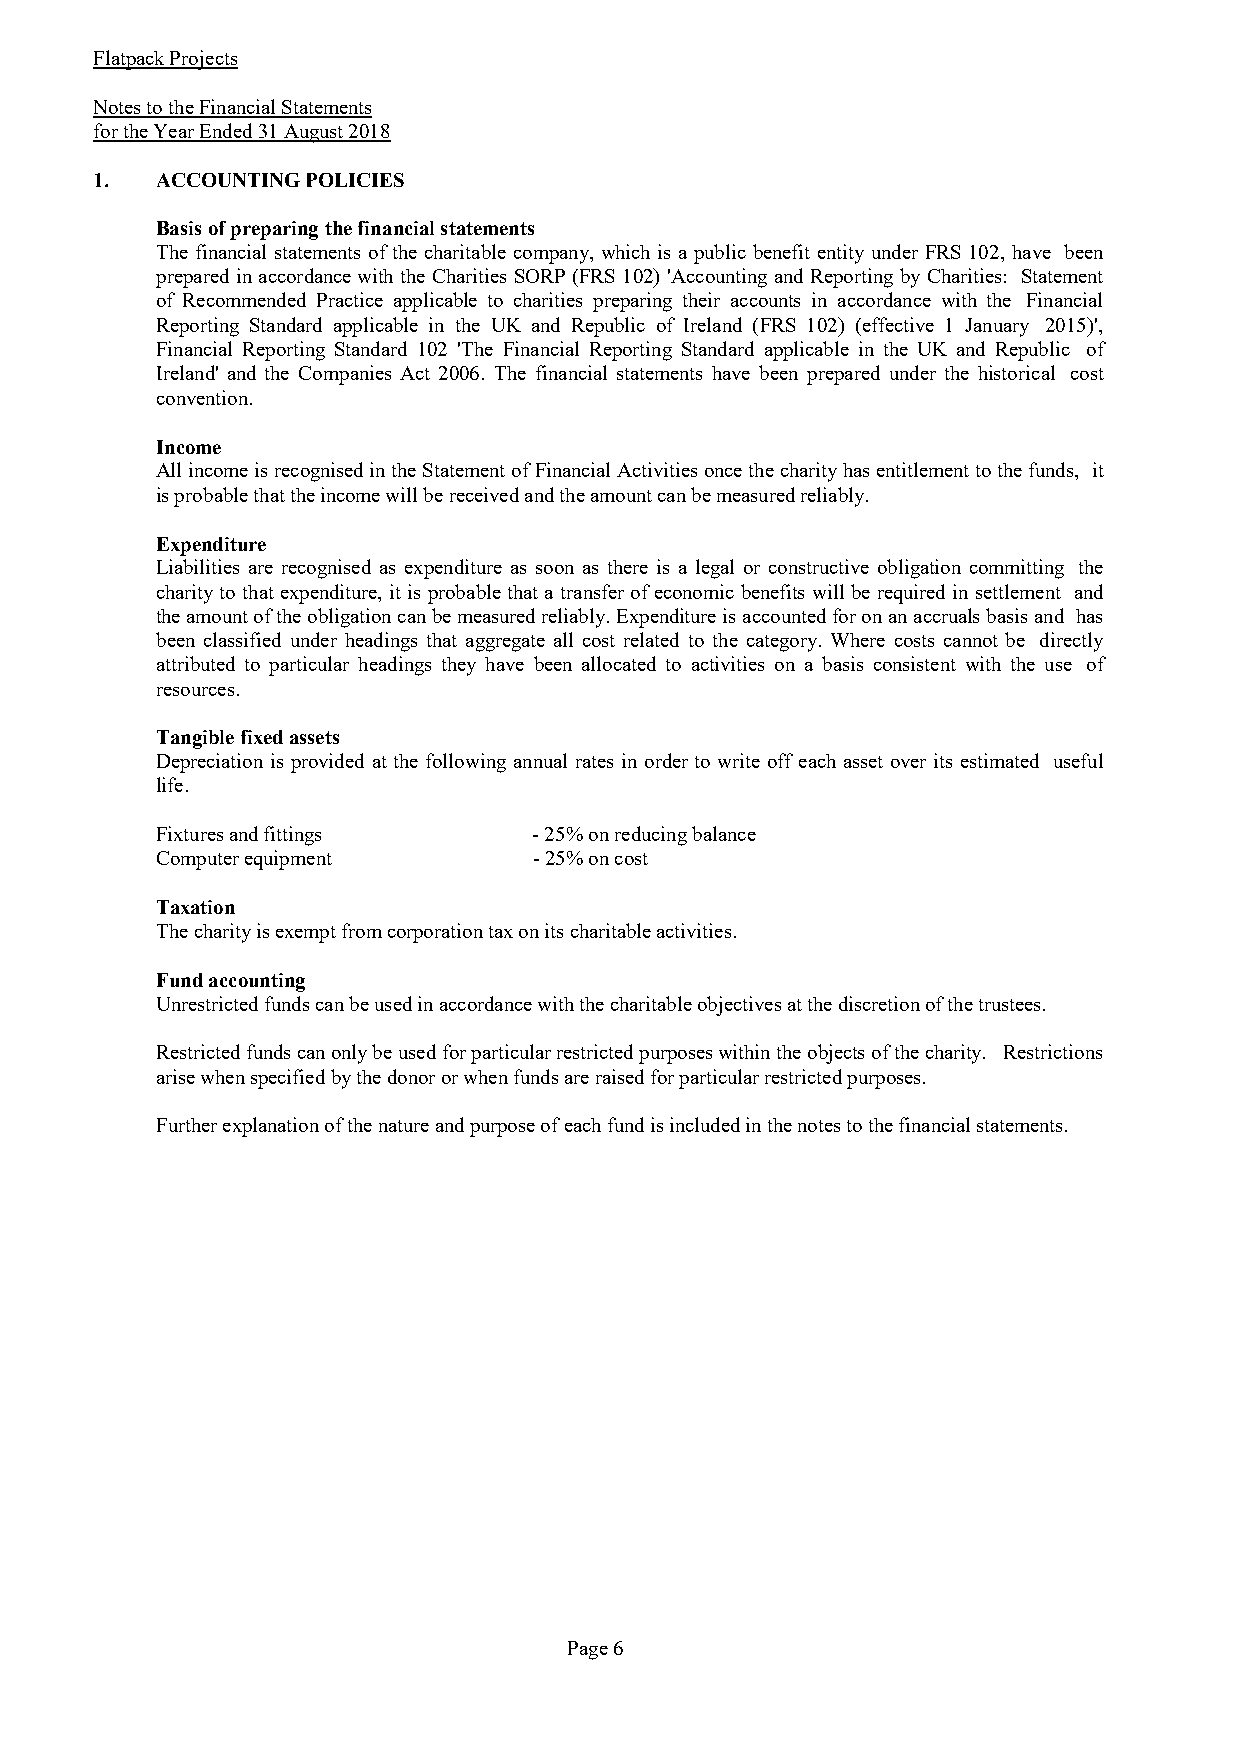
Flatpack Projects
 Notes to the Financial Statements
 for the Year Ended 31 August 2018
 1.  ACCOUNTING POLICIES
 Basis of preparing the financial statements
 The financial statements ofthe charitable company, which is a public benefit entity under FRS 102, have been
 prepared inaccordance with the Charities SORP (FRS 102) 'Accounting and Reporting by Charities: Statement
 of Recommended Practice applicable to charities preparing their accounts in accordance with the Financial
 Reporting Standard applicable in the UK and Republic of Ireland (FRS 102) (effective 1 January 2015)',
 Financial Reporting Standard 102 'The Financial Reporting Standard applicable in the UK and Republic of
 Ireland' and the Companies Act 2006. The financial statements have been prepared under the historical cost
 convention.
 Income
 AllincomeisrecognisedintheStatementofFinancialActivitiesoncethecharityhasentitlementtothefunds, it
 is probable that the income will be received and the amount can be measured reliably.
 Expenditure
 Liabilities are recognised as expenditure as soon as there is a legal or constructive obligation committing the
 charityto thatexpenditure, it is probablethat a transferofeconomic benefits will be required in settlement and
 theamountoftheobligationcanbemeasuredreliably.Expenditureisaccountedforonanaccrualsbasisand has
 been classified under headings that aggregate all cost related to the category. Where costs cannot be directly
 attributed to particular headings they have been allocated to activities on a basis consistent with the use of
 resources.
 Tangible fixed assets
 Depreciation is provided at the following annual rates in order to write off each asset over its estimated useful
 life.
 Fixtures and fittings    - 25% on reducing balance
 Computer equipment       - 25% on cost
 Taxation
 The charity is exempt from corporation tax on its charitable activities.
 Fund accounting
 Unrestricted funds can be used in accordance with the charitable objectives at the discretion of the trustees.
 Restrictedfundscanonlybeusedforparticularrestrictedpurposeswithintheobjectsofthecharity. Restrictions
 arise when specified by the donor or when funds are raised for particular restricted purposes.
 Further explanation of the nature and purpose of each fund is included in the notes to the financial statements.
 Page 6